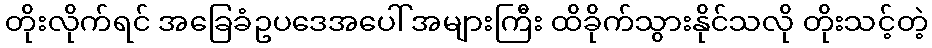
တိုးလိုက်ရင် အခြေခံဥပဒေအပေါ် အများကြီး ထိခိုက်သွားနိုင်သလို တိုးသင့်တဲ့